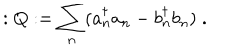
: Q : = \sum _ { n } ( a _ { n } ^ { \dagger } a _ { n } - b _ { n } ^ { \dagger } b _ { n } ) \; .